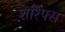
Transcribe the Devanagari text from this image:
शेरिफ्स